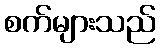
စက်များသည်